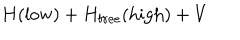
H _ { } ( \mathrm { l o w } ) + H _ { \mathrm { f r e e } } ( \mathrm { h i g h } ) + V